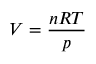
V = { \frac { n R T } { p } }